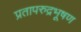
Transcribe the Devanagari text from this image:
प्रतापरुद्रभूषण